Malarial fevers
Disease focus: Malaria
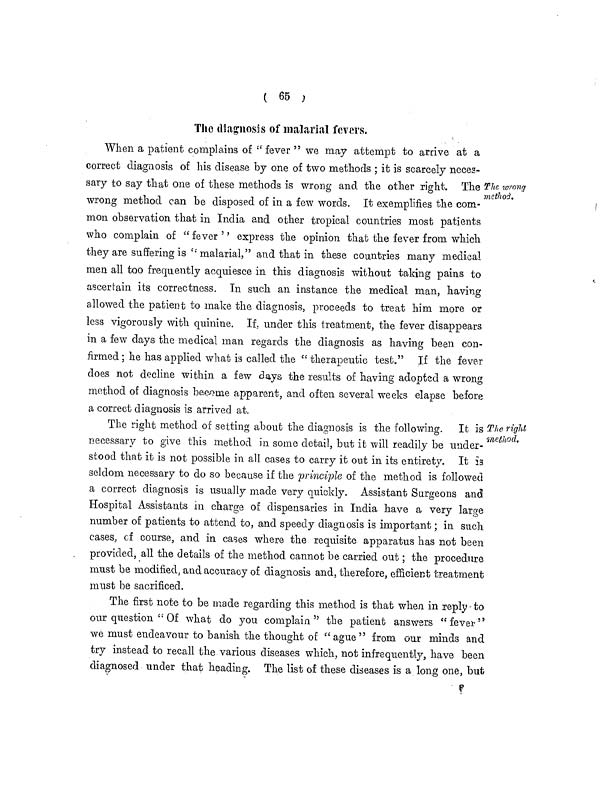
( 65 )
The diagnosis of malarial fevers,
The wrong
method.
When a patient complains or "fever we may attempt to arrive at a
correct diagnosis of his disease by one of two methods ; it is scarcely neces-
sary to say that one of these methods is wrong and the other right. The
7
wrong method can be disposed of in a few words. It exemplifies the com-
mon observation that in India and other tropical countries most patients
who complain of " fever '' express the opinion that the fever from which
they are suffering is " malarial," and that in these countries many medical
men all too frequently acquiesce in this diagnosis without taking pains to
ascertain its correctness. In such an instance the medical man, having
allowed the patient to make the diagnosis, proceeds to treat him more or
less vigorously with quinine. If, under this treatment, the fever disappears
in a few days the medical man regards the diagnosis as having been con-
firmed ; he has applied what is called the " therapeutic test." If the fever
does not decline within a few days the results of having adopted a wrong
method of diagnosis become apparent, and often several weeks elapse before
a correct diagnosis is arrived at.
The right
method.
The right method of setting about the diagnosis is the following. It is -
necessary to give this method in some detail, but it will readily be under-
stood that it is not possible in all cases to carry it out in its entirety. It is
seldom necessary to do so because if the principle of the method is followed
a correct diagnosis is usually made very quickly. Assistant Surgeons and
Hospital Assistants in charge of dispensaries in India have a very large
number of patients to attend to, and speedy diagnosis is important ; in such
cases, of course, and in cases where the requisite apparatus has not been
provided, all the details of the method cannot be carried out ; the procedure
must be modified, and accuracy of diagnosis and, therefore, efficient treatment
must be sacrificed.
The first note to be made regarding this method is that when in reply to
our question " Of what do you complain " the patient answers " fever "
we must endeavour to banish the thought of " ague " from our minds and
try instead to recall the various diseases which, not infrequently, have been
diagnosed under that heading. The list of these diseases is a long one, but